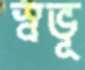
স্বভূ